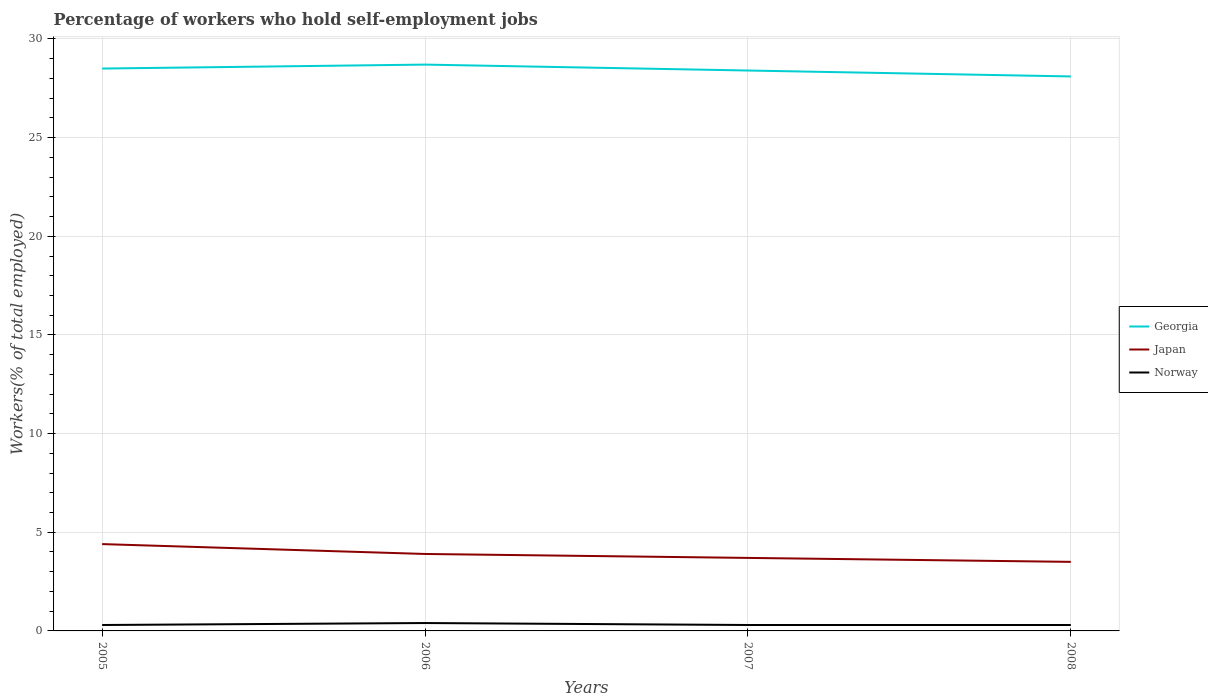
| Years | Georgia | Japan | Norway |
 | --- | --- | --- | --- |
 | 2005 | 28.5 | 4.4 | 0.3 |
 | 2006 | 28.7 | 3.9 | 0.4 |
 | 2007 | 28.4 | 3.7 | 0.3 |
 | 2008 | 28.1 | 3.5 | 0.3 |